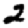
Digit: 2